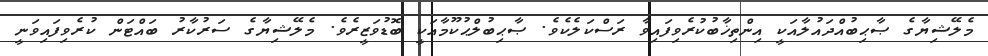
މެލޭޝިޔާގެ ޞާޙިބުއްދައުލާއަކީ އިންތިޚާބުކުރެވިފައިވާ ރަސްކަލެކެވެ. ޞާޙިބުލްޙުކޫމާއަކީ ބޮޑުވަޒީރެވެ. މެލޭޝިޔާގެ ސަރުކާރު ބައްޓަން ކުރެވިފައިވަނީ